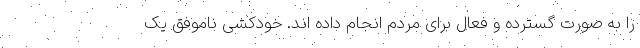
را به صورت گسترده و فعال برای مردم انجام داده اند. خودکشی ناموفق یک